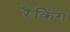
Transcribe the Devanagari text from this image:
रैंकिंग